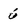
Character: 6